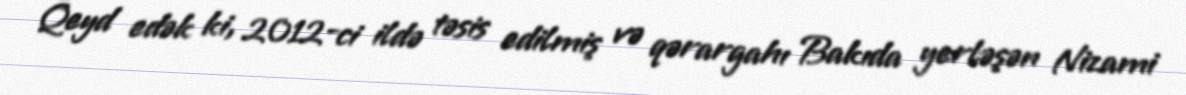
Qeyd edək ki, 2012-ci ildə təsis edilmiş və qərargahı Bakıda yerləşən Nizami